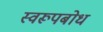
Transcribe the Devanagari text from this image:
स्वरूपबोध